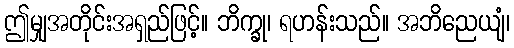
ဤမျှအတိုင်းအရှည်ဖြင့်။ ဘိက္ခု၊ ရဟန်းသည်။ အဘိညေယျံ၊